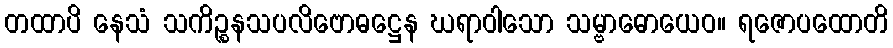
တထာပိ နေသံ သကိဉ္စနသပလိဗောဓဋ္ဌေန ဃရာဝါသော သမ္ဗာဓောယေဝ။ ရဇောပထောတိ